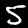
Digit: 5